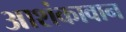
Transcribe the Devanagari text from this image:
आशंकावान